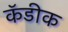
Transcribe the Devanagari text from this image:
कॅडीक